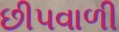
છીપવાળી